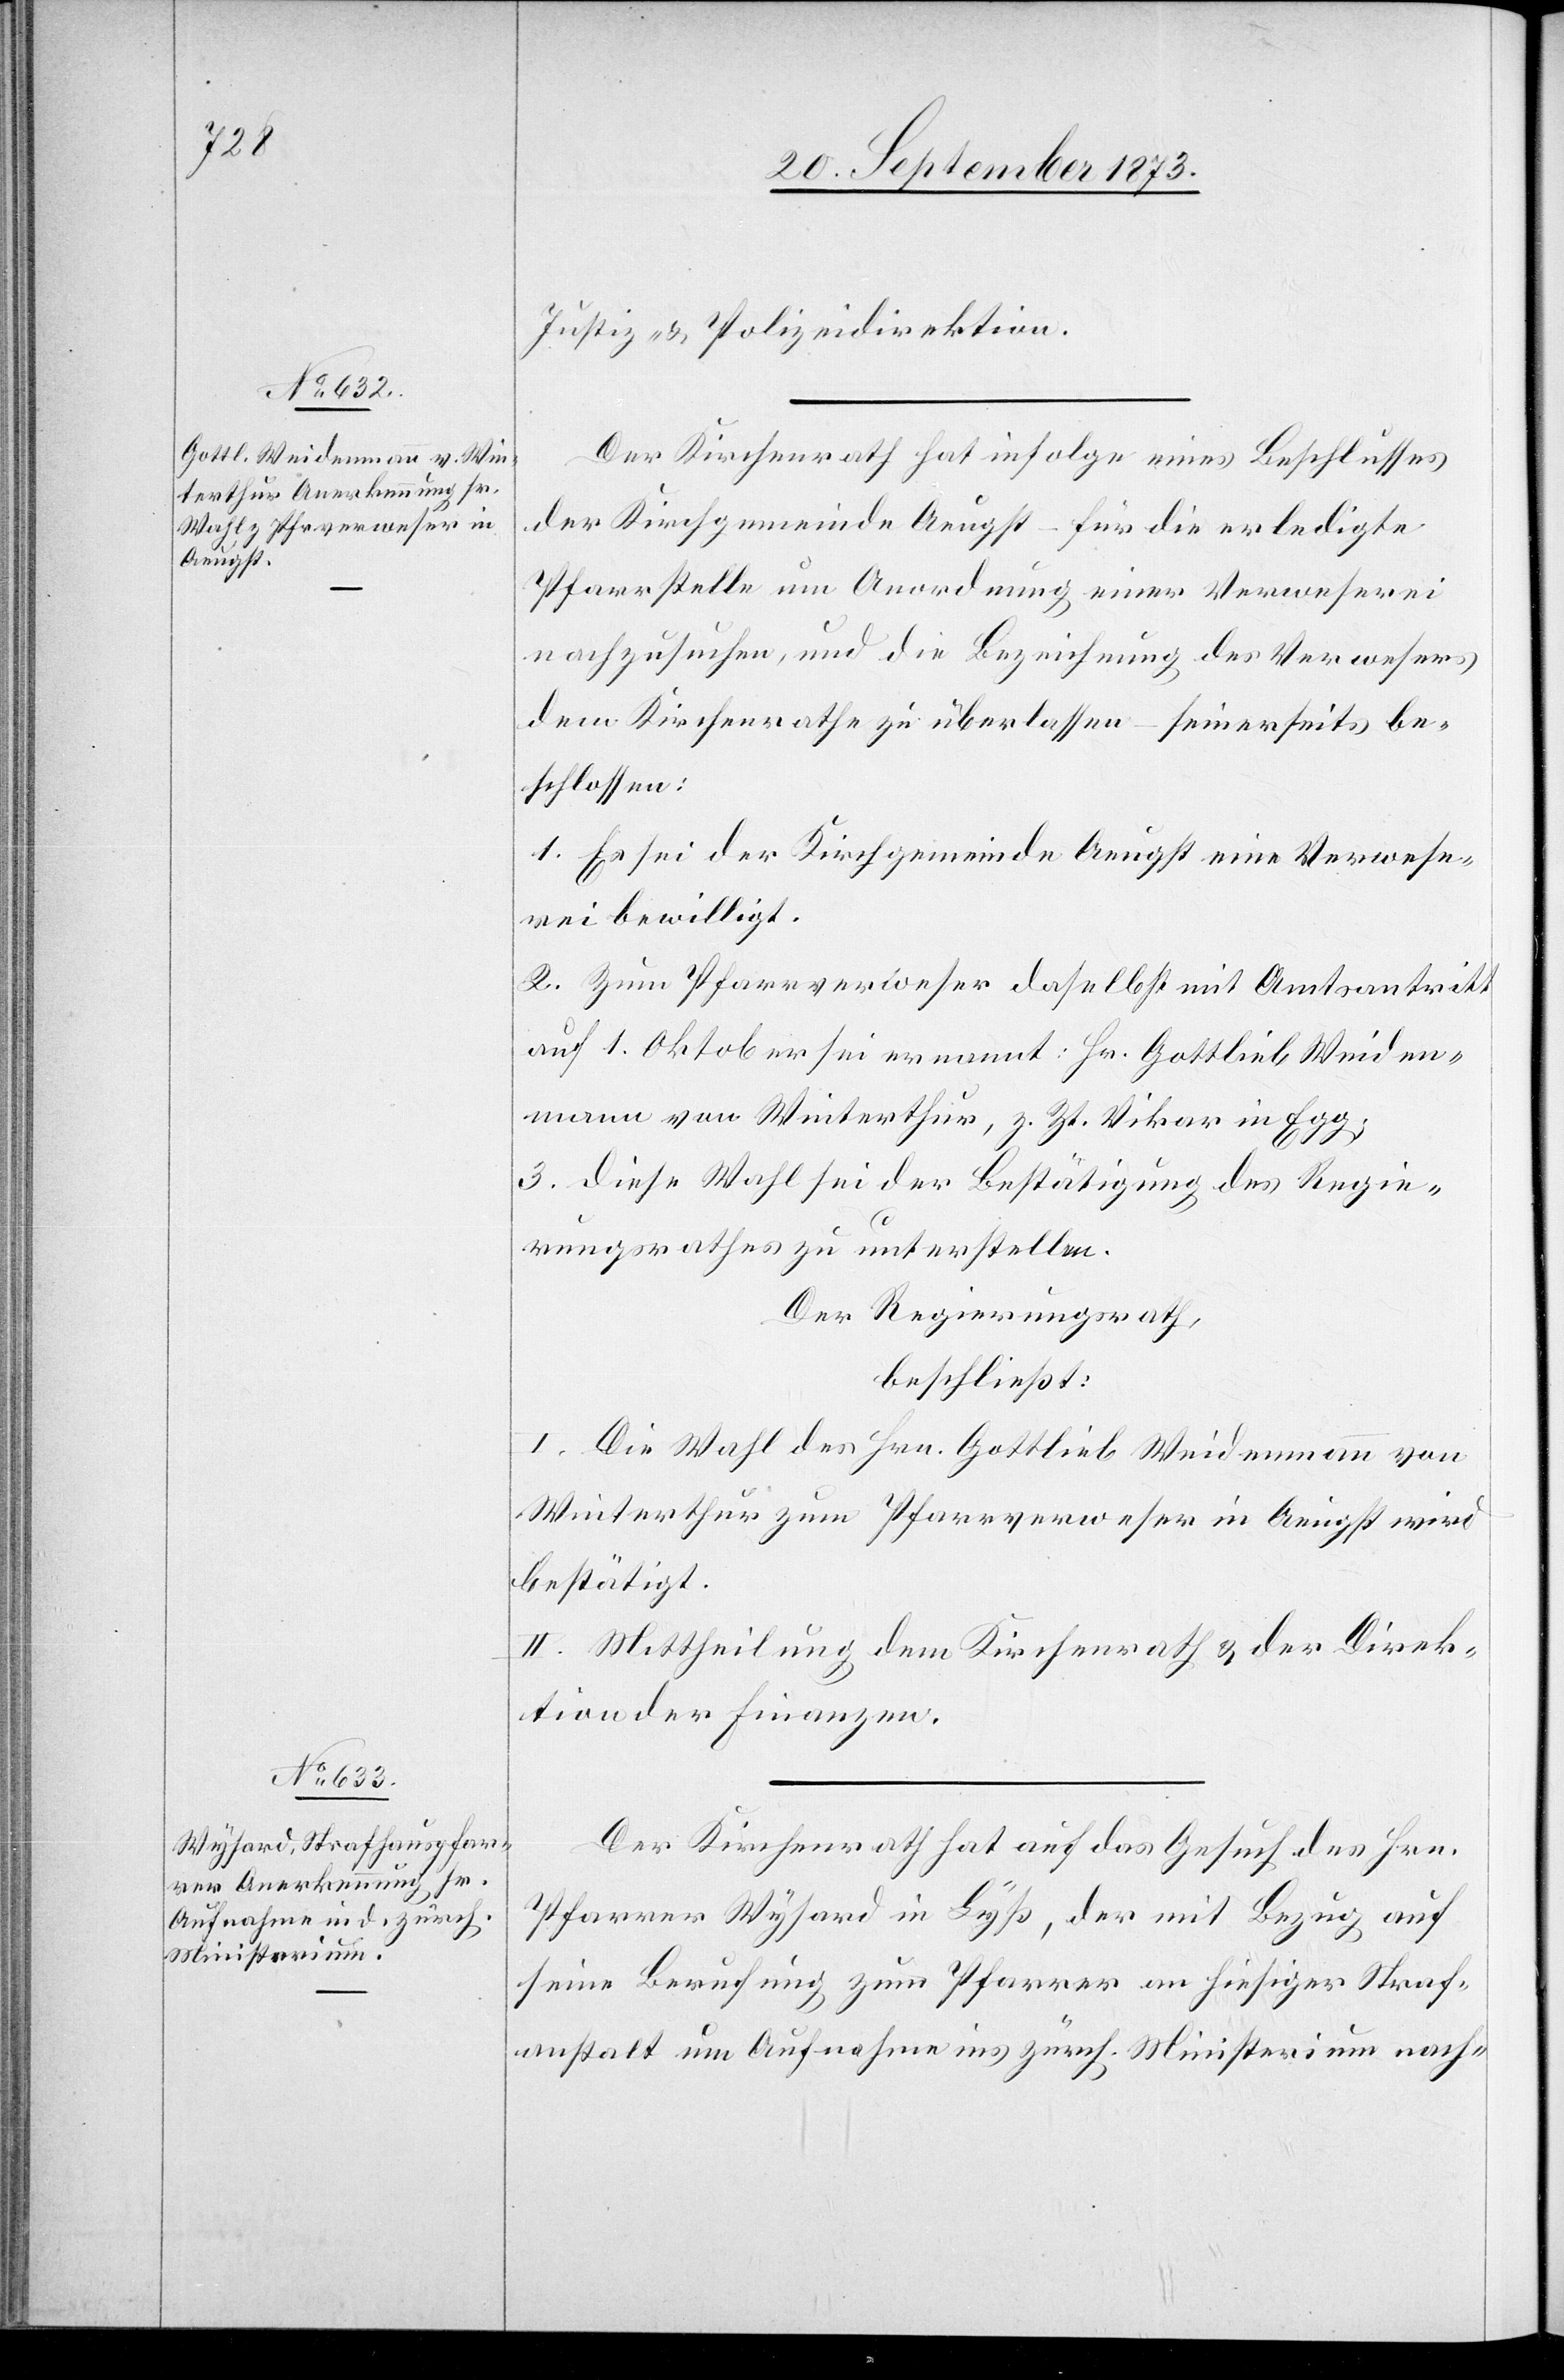
Justiz- & Polizeidirektion.
Der Kantonsrath hat infolge eines Beschlusses
der Kirchgemeinde Aeugst – für die erledigte
Pfarrstelle um Anordnung einer Verweserei
nachzusuchen, und die Bezeichnung des Verwesers
dem Kirchenrathe zu überlassen – seinerseits be¬
schlossen:
1. Es sei der Kirchgemeinde Aeugst eine Verwese¬
rei bewilligt.
2. Zum Pfarrverweser daselbst mit Amtsantritt
auf 1. Oktober sei ernannt: Hr. Gottlieb Weiden¬
mann von Winterthur, z. Zt. Vikar in Egg;
3. Diese Wahl sei der Bestätigung des Regie¬
rungsrathes zu unterstellen.
Der Regierungsrath,
beschließt:
I. Die Wahl des Hrn. Gottlieb Weidenmann von
Winterthur zum Pfarrverweser in Aeugst wird
bestätigt.
II. Mittheilung dem Kirchenrath & der Direk¬
tion der Finanzen.
Der Kirchenrath hat auf das Gesuch des Hrn.
Pfarrer Wysard in Lyß, der mit Bezug auf
seine Berufung zum Pfarrer an hiesiger Straf¬
anstalt um Aufnahme ins zürch. Ministerium nach-